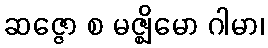
ဆဇ္ဇော စ မဇ္ဈိမော ဂါမာ၊